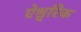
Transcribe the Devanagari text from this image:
ऐश्वरिक